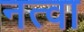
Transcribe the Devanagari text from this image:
नत्वा